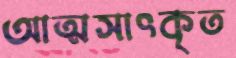
আত্মসাৎকৃত